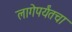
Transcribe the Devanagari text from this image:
लागेपर्यंतचा